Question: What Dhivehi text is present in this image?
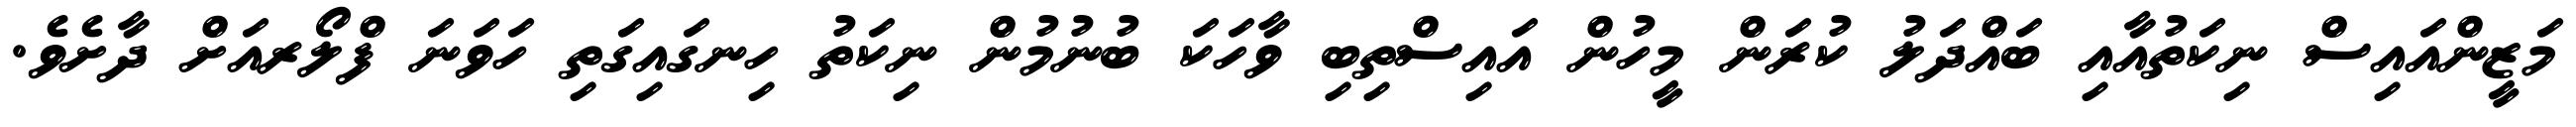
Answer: މަޒީންއައިސް ނިކަތުއާއި ބައްދަލު ކުރަން މީހުން އައިސްތިބި ވާހަކަ ބުނުމުން ނިކަތު ހިނގައިގަތި ހަވަނަ ފްލޯރއަށް ދާށެވެ.